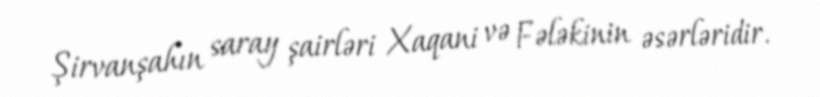
Şirvanşahın saray şairləri Xaqani və Fələkinin əsərləridir.